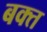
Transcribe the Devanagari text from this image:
बक्त